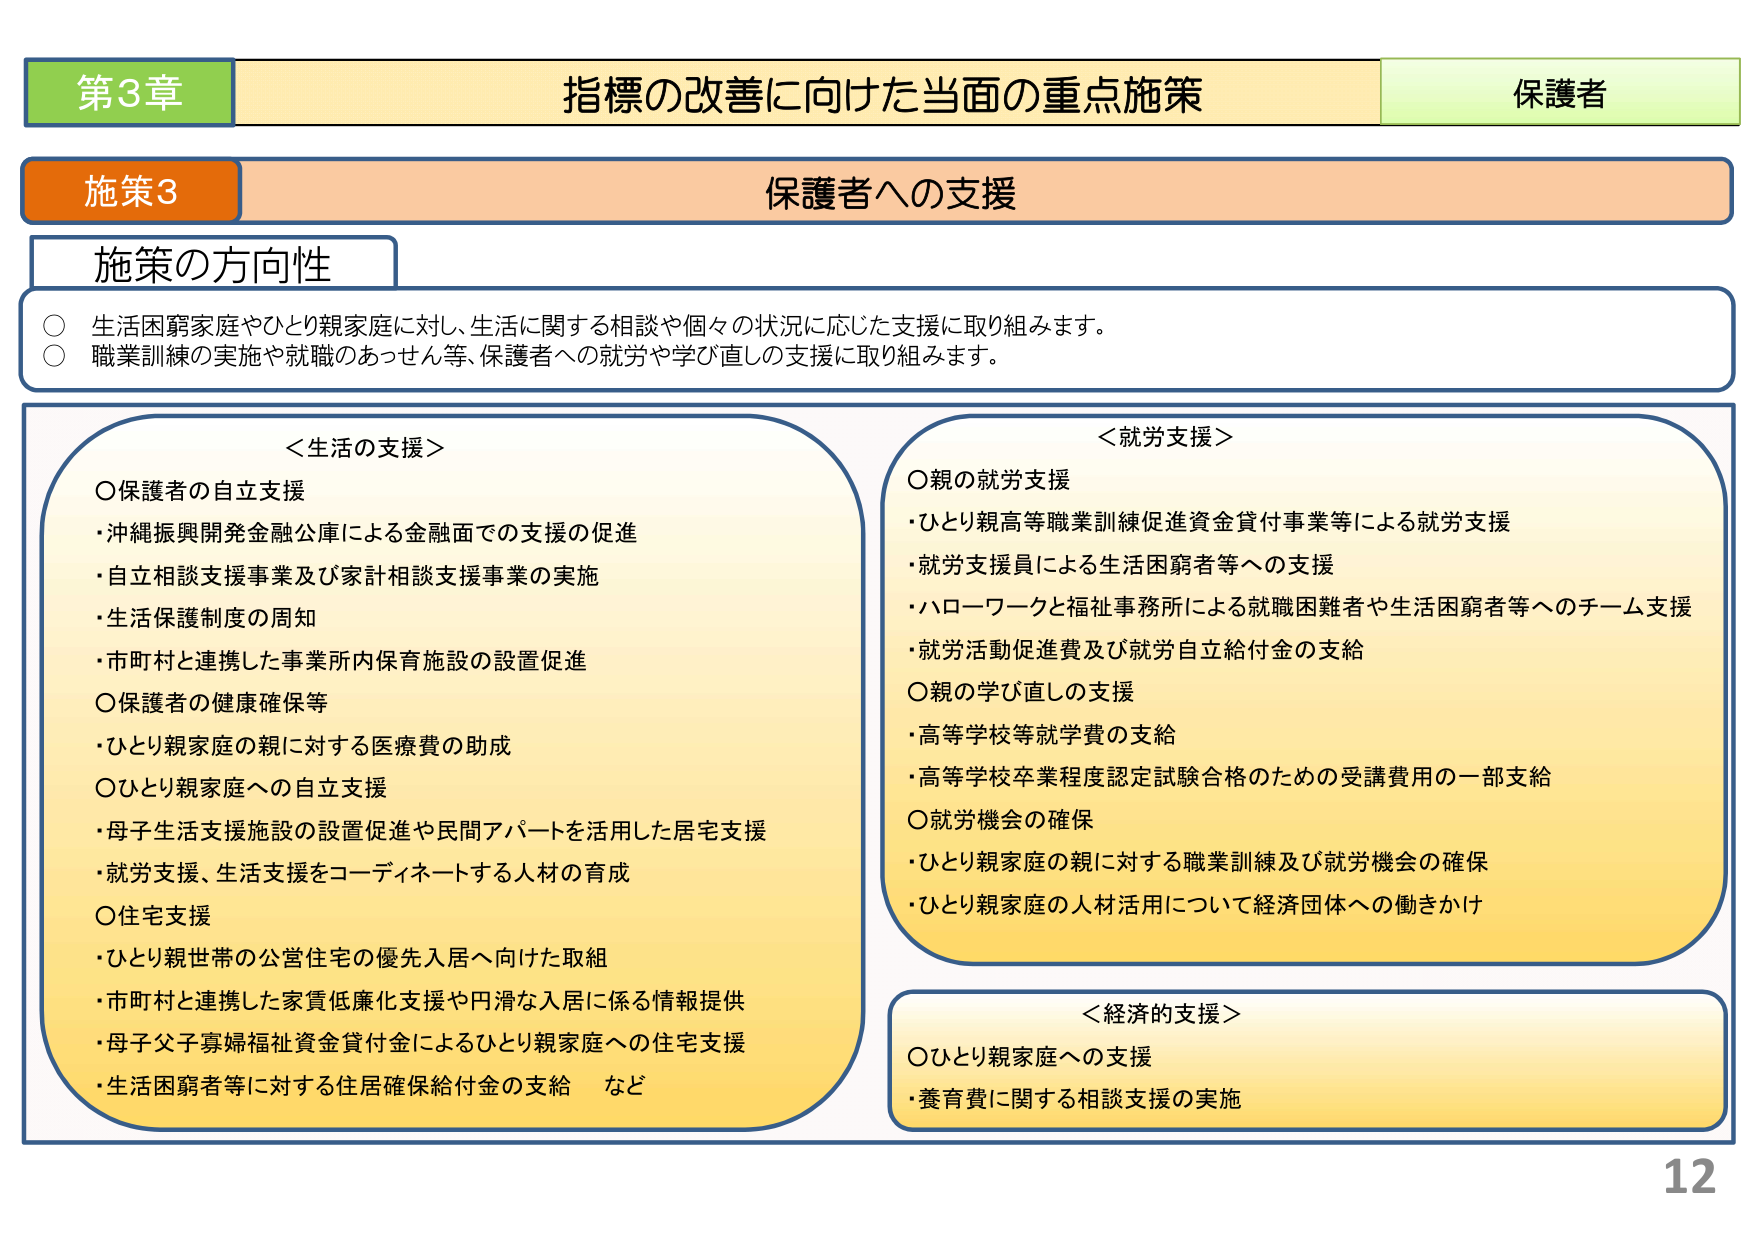
第3章 指標の改善に向けた当面の重点施策 保護者
施策3 保護者への支援
施策の方向性
○ 生活困窮家庭やひとり親家庭に対し、生活に関する相談や個々の状況に応じた支援に取り組みます。
○ 職業訓練の実施や就職のあっせん等、保護者への就労や学び直しの支援に取り組みます。

＜生活の支援＞
○保護者の自立支援
・沖縄振興開発金融公庫による金融面での支援の促進
・自立相談支援事業及び家計相談支援事業の実施
・生活保護制度の周知
・市町村と連携した事業所内保育施設の設置促進
○保護者の健康確保等
・ひとり親家庭の親に対する医療費の助成
○ひとり親家庭への自立支援
・母子生活支援施設の設置促進や民間アパートを活用した住宅支援
・就労支援、生活支援をコーディネートする人材の育成
○住宅支援
・ひとり親世帯の公営住宅の優先入居へ向けた取組
・市町村と連携した家賃低廉化支援や円滑な入居に係る情報提供
・母子父子寡婦福祉資金貸付金によるひとり親家庭への住宅支援
・生活困窮者等に対する住居確保給付金の支給 など

＜就労支援＞
○親の就労支援
・ひとり親高等職業訓練促進資金貸付事業等による就労支援
・就労支援員による生活困窮者等への支援
・ハローワークと福祉事務所による就職困難者や生活困窮者等へのチーム支援
・就労活動促進費及び就労自立給付金の支給
○親の学び直しの支援
・高等学校等就学費の支給
・高等学校卒業程度認定試験合格のための受講費用の一部支給
○就労機会の確保
・ひとり親家庭の親に対する職業訓練及び就労機会の確保
・ひとり親家庭の人材活用について経済団体への働きかけ

＜経済的支援＞
○ひとり親家庭への支援
・養育費に関する相談支援の実施

12